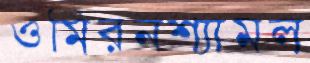
ওমিরনশ্যামল